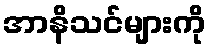
အာနိသင်များကို